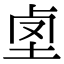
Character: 𡋪